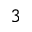
^ 3